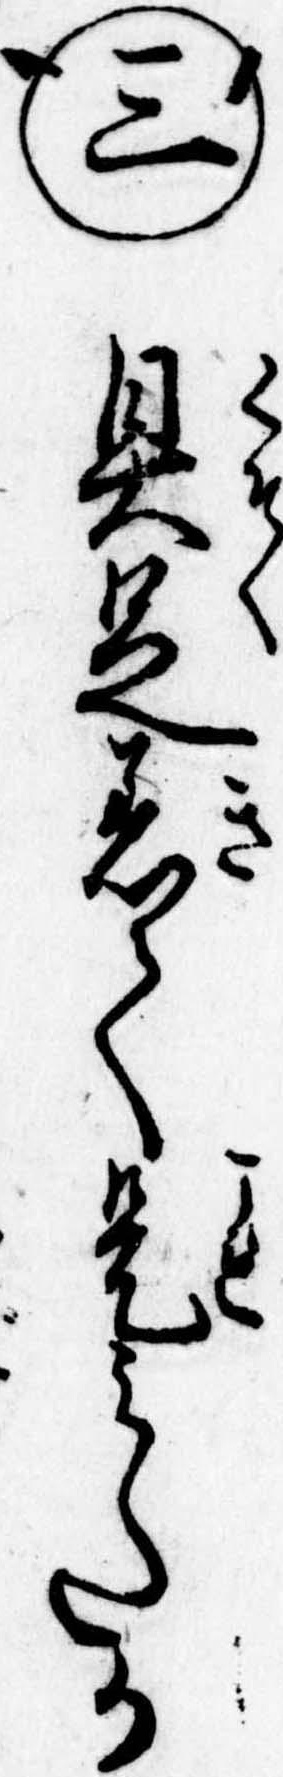
㊂具足着て是みたか